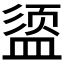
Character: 𪾔